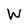
Character: W